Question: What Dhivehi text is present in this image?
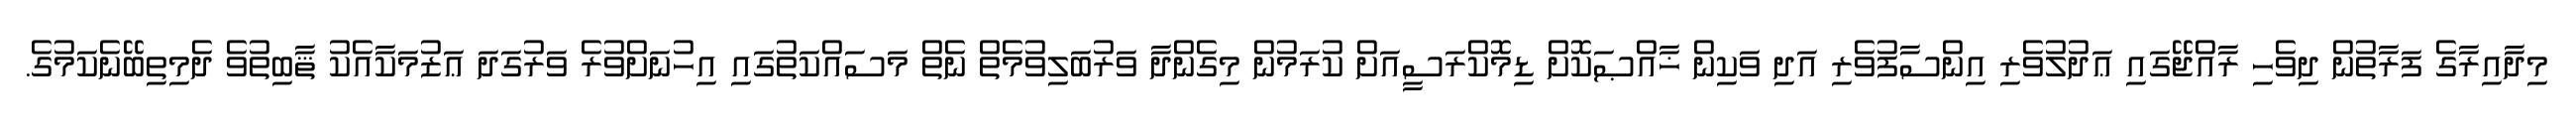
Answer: މިދާއިރާގެ ފަރާތުން ދިވެހި ރާއްޖޭގައި ޢަދުލުވެރި އިންސާފުވެރި އަދި ވަކިން ޚާއްޞަކޮށް ޑިމޮކްރަސީއަށް ކުރަމުން މިގެންދާ ވަރުބަލިވުމެތް ނެތް މަސައްކަތުގައި އިހުނަށްވުރެ ވަރުގަދަ ޢަޒުމަކާއެކު ޘާބިތުވެ ދެމިތިބޭނެކަމުގެ.